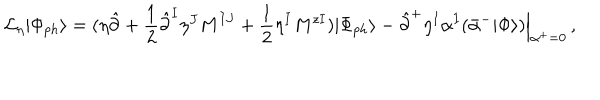
LaTeX: { \cal L } _ { \eta } | \Phi _ { p h } \rangle = ( \eta \hat { \partial } + \frac { 1 } { 2 } \hat { \partial } ^ { I } \eta ^ { J } M ^ { I J } + \frac { 1 } { 2 } \eta ^ { I } M ^ { z I } ) | \Phi _ { p h } \rangle - \hat { \partial } ^ { + } \eta ^ { I } \alpha ^ { I } ( \bar { \alpha } ^ { - } | \Phi \rangle ) \Bigr | _ { \alpha ^ { + } = 0 } ^ { \vphantom { 5 p t } } \, ,